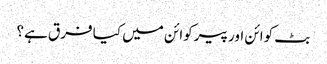
بٹ کوائن اور پیرکوائن میں کیا فرق ہے؟